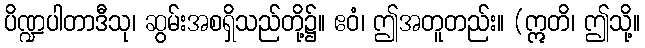
ပိဏ္ဍပါတာဒီသု၊ ဆွမ်းအစရှိသည်တို့၌။ ဧဝံ၊ ဤအတူတည်း။ (ဣတိ၊ ဤသို့။